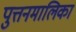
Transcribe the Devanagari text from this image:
पुत्तनमालिका